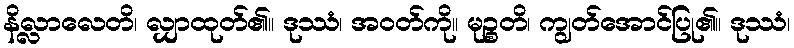
နိလ္လာလေတိ၊ လျှာထုတ်၏။ ဒုဿံ၊ အဝတ်ကို။ မုဉ္စတိ၊ ကျွတ်အောင်ပြု၏။ ဒုဿံ၊